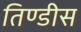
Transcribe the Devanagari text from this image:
तिण्डीस